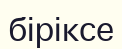
біріксе